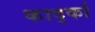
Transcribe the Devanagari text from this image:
कार्द्का